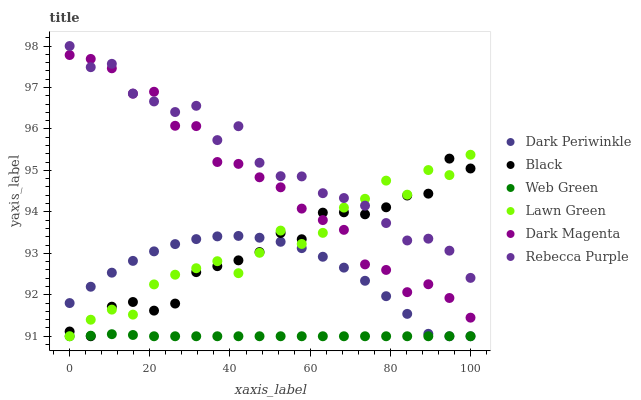
| xaxis_label | Dark Periwinkle | Black | Web Green | Lawn Green | Dark Magenta | Rebecca Purple |
 | --- | --- | --- | --- | --- | --- | --- |
 | 0 | 91.8 | 91.1 | 91 | 91 | 97.8 | 98 |
 | 5.26 | 92.2 | 91 | 91 | 91.4 | 97.7 | 97.5 |
 | 10.5 | 92.5 | 91.7 | 91 | 91.6 | 97.5 | 97.6 |
 | 15.8 | 92.8 | 91.8 | 91 | 91.5 | 96.9 | 96.9 |
 | 21.1 | 93 | 91.6 | 91 | 92.3 | 96.9 | 96.7 |
 | 26.3 | 93.2 | 91.8 | 91 | 92.5 | 96.1 | 96.4 |
 | 31.6 | 93.3 | 92.5 | 91 | 92.6 | 96.1 | 96.6 |
 | 36.8 | 93.4 | 92.7 | 91 | 92.8 | 95.2 | 95.7 |
 | 42.1 | 93.4 | 92.8 | 91 | 92.5 | 95.2 | 96.1 |
 | 47.4 | 93.4 | 93 | 91 | 93 | 94.8 | 95.2 |
 | 52.6 | 93.3 | 93.5 | 91 | 93.5 | 94.6 | 94.9 |
 | 57.9 | 93.1 | 93.3 | 91 | 93.2 | 94.1 | 94.9 |
 | 63.2 | 92.9 | 94 | 91 | 93.5 | 93.8 | 94.5 |
 | 68.4 | 92.7 | 94 | 91 | 94.1 | 93.6 | 94.3 |
 | 73.7 | 92.3 | 93.9 | 91 | 94.3 | 92.7 | 94.2 |
 | 78.9 | 92 | 94.1 | 91 | 94.8 | 92.6 | 93.7 |
 | 84.2 | 91.5 | 94.4 | 91 | 94.4 | 92.1 | 93.3 |
 | 89.5 | 91.1 | 94.4 | 91 | 95 | 92.3 | 93.4 |
 | 94.7 | 91 | 95.3 | 91 | 94.9 | 91.9 | 93.1 |
 | 100 | 91 | 95 | 91 | 95.4 | 91.4 | 92.4 |